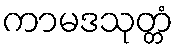
ကာမဒသုတ္တံ